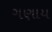
ગણાય